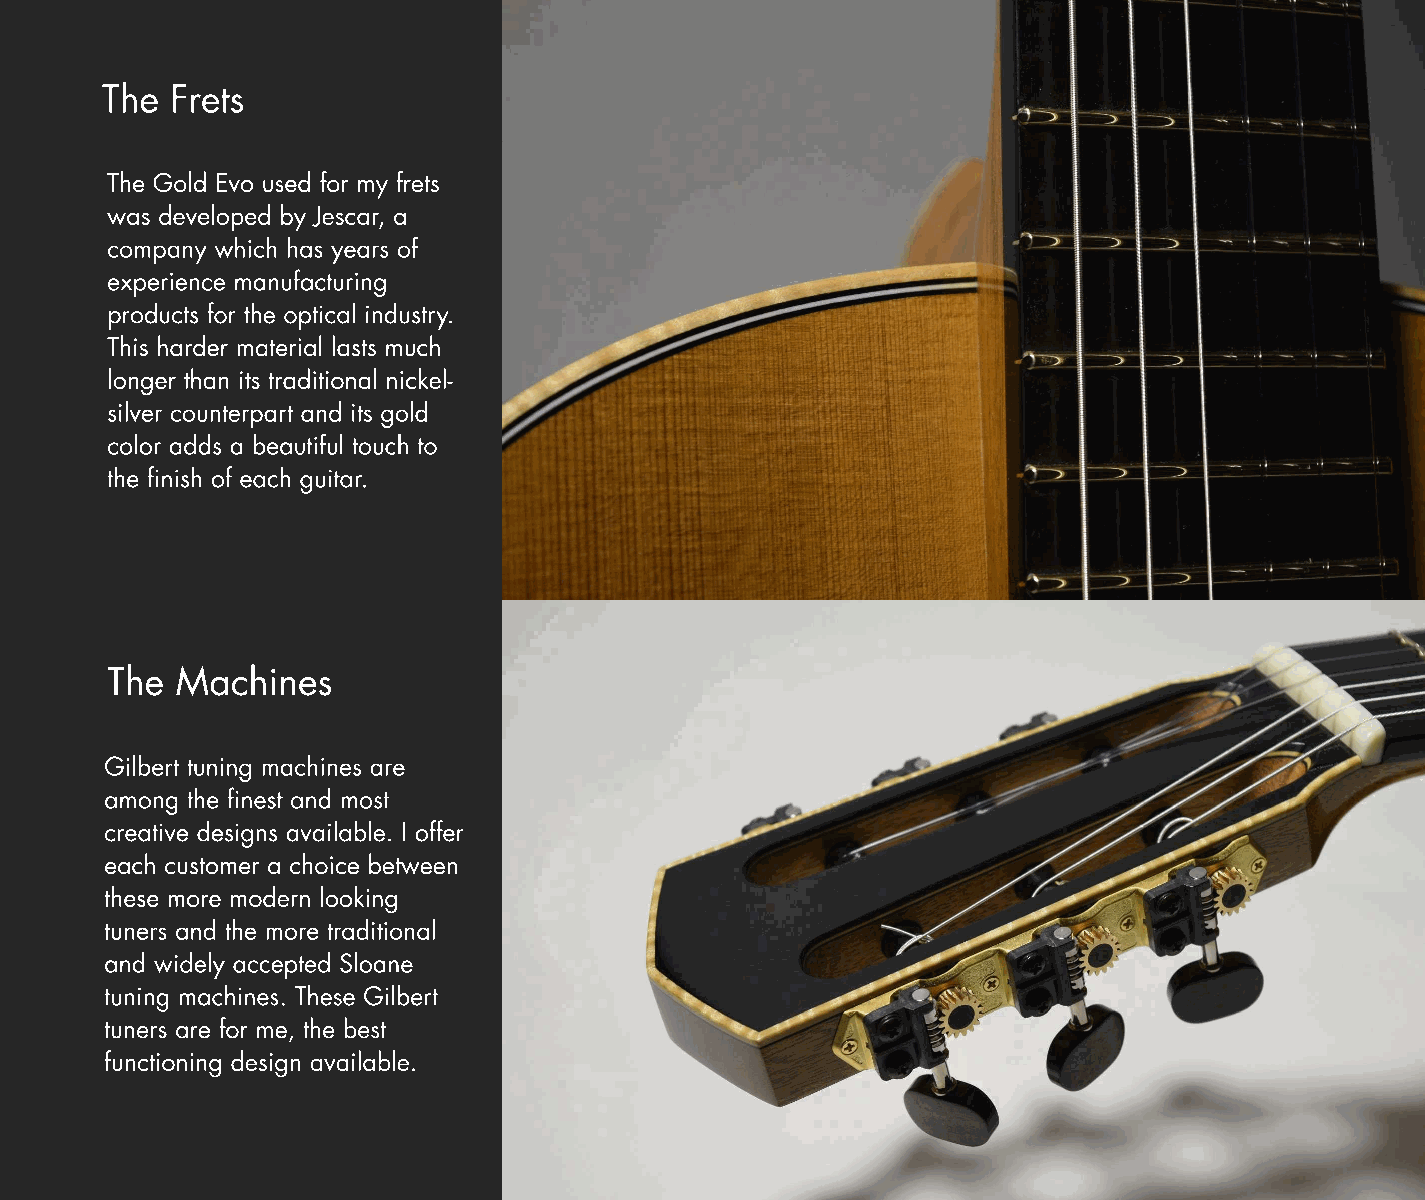
The Frets
 The Gold Evo used for my frets
 was developed by Jescar, a
 company which has years of
 experience manufacturing
 products for the optical industry.
 This harder material lasts much
 longer than its traditional nickel-
 silver counterpart and its gold
 color adds a beautiful touch to
 the finish of each guitar.
 The  Machines
 Gilbert tuning machines are
 among the finest and most
 creative designs available. I offer
 each customer a choice between
 these more modern looking
 tuners and the more traditional
 and widely accepted Sloane
 tuning machines. These Gilbert
 tuners are for me, the best
 functioning design available.